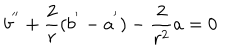
LaTeX: b ^ { ' ^ { \prime } } + \frac { 2 } { r } ( b ^ { ' } - a ^ { ' } ) - \frac { 2 } { r ^ { 2 } } a = 0